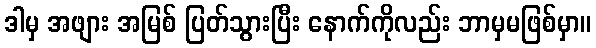
ဒါမှ အဖျား အမြစ် ပြတ်သွားပြီး နောက်ကိုလည်း ဘာမှမဖြစ်မှာ။